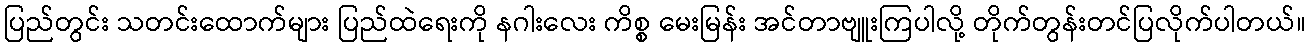
ပြည်တွင်း သတင်းထောက်များ ပြည်ထဲရေးကို နဂါးလေး ကိစ္စ မေးမြန်း အင်တာဗျူးကြပါလို့ တိုက်တွန်းတင်ပြလိုက်ပါတယ်။